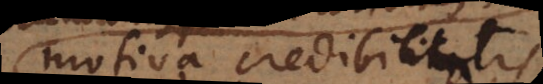
motiva credibilitatis